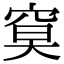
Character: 𥦏